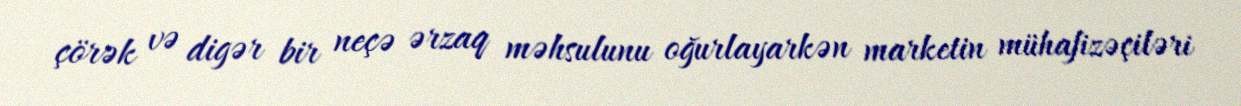
çörək və digər bir neçə ərzaq məhsulunu oğurlayarkən marketin mühafizəçiləri